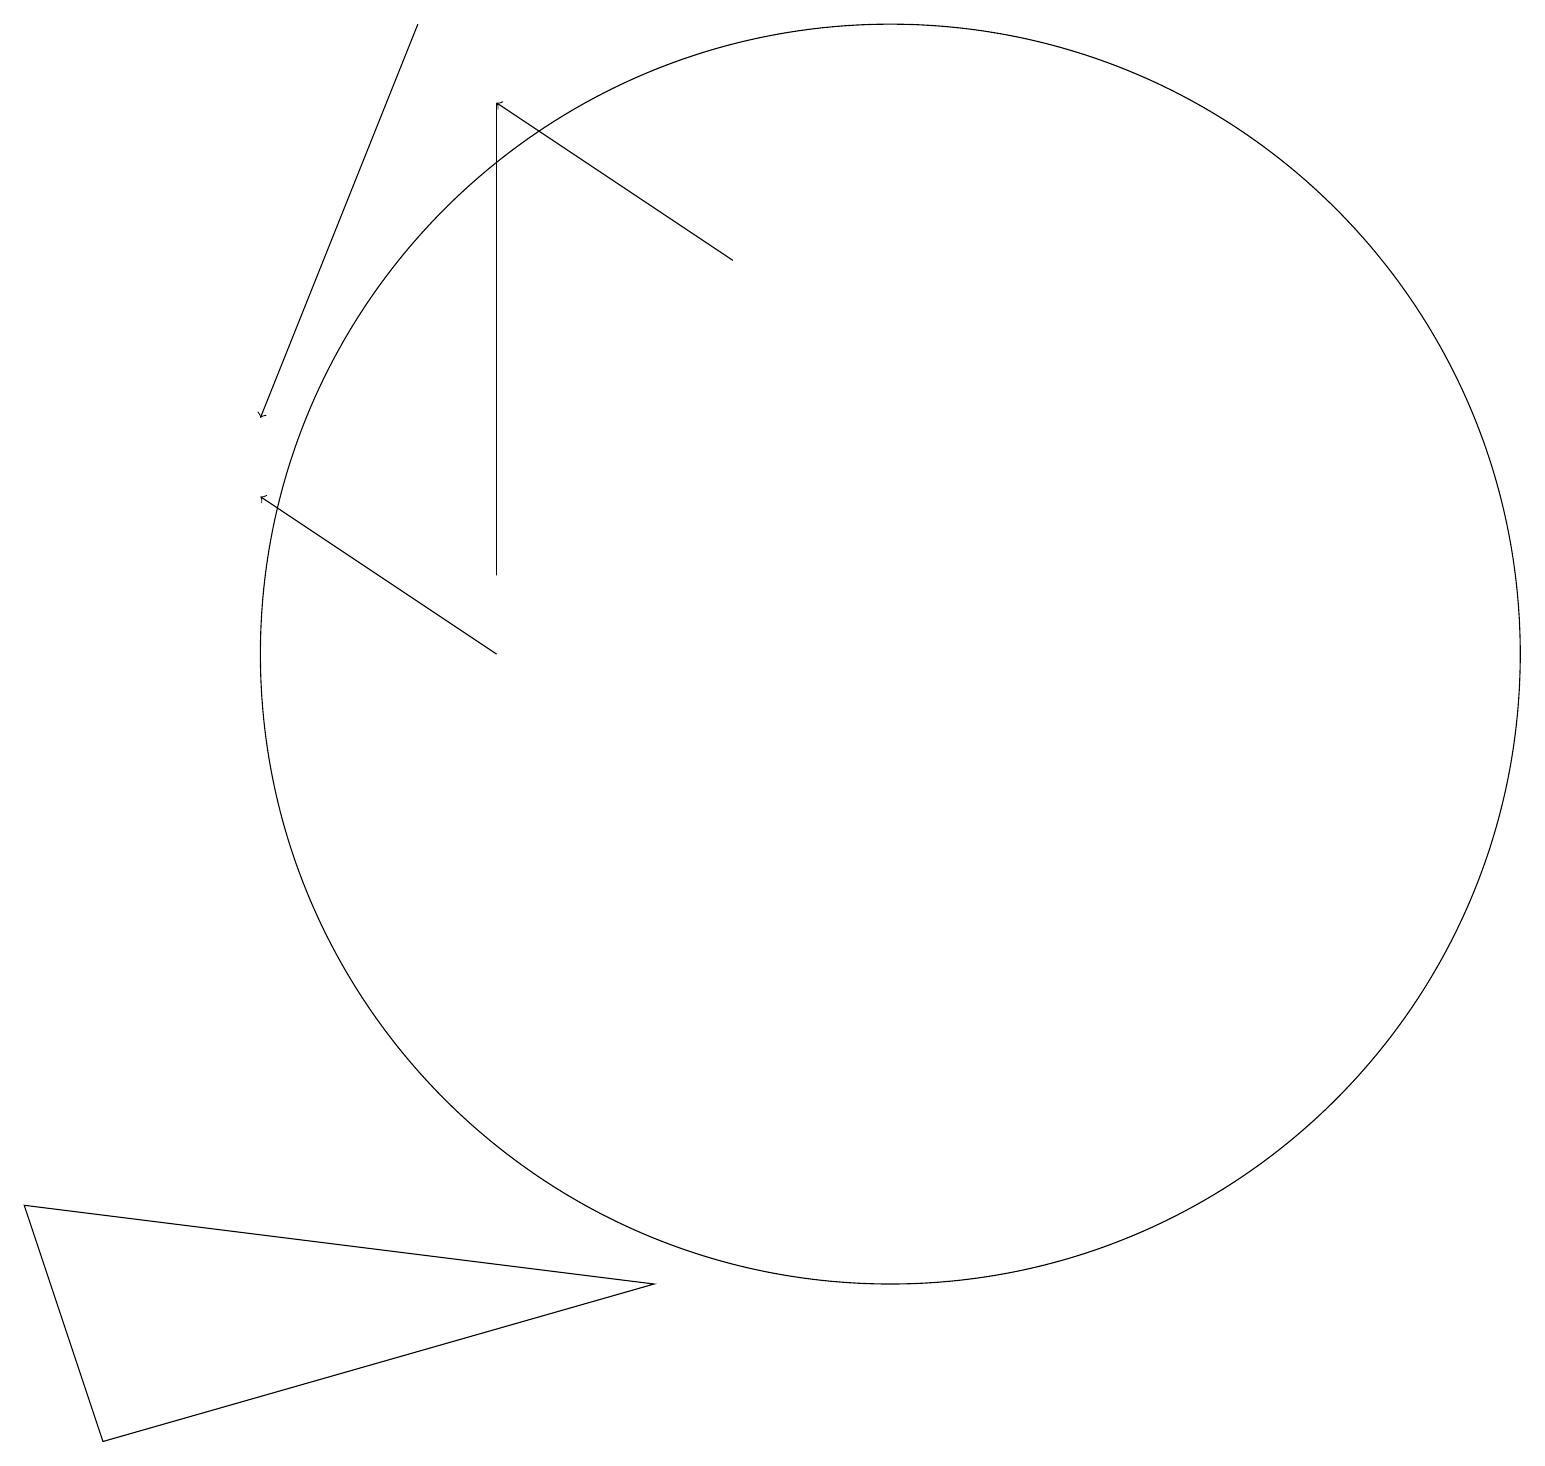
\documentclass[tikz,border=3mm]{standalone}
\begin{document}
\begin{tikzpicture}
\draw[->] (5,18) -- (3,13);
\draw (0,3) -- (1,0) -- (8,2) -- cycle;
\draw[->] (6,10) -- (3,12);
\draw (11,10) circle (8);
\draw (6,17) rectangle (6,11);
\draw[->] (9,15) -- (6,17);
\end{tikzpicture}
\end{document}